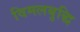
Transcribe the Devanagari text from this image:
विमलबुद्धि